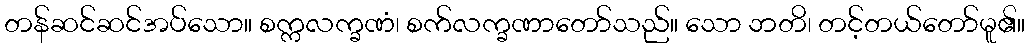
တန်ဆင်ဆင်အပ်သော။ စက္ကလက္ခဏံ၊ စက်လက္ခဏာတော်သည်။ သော ဘတိ၊ တင့်တယ်တော်မူ၏။